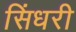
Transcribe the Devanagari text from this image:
सिंधरी